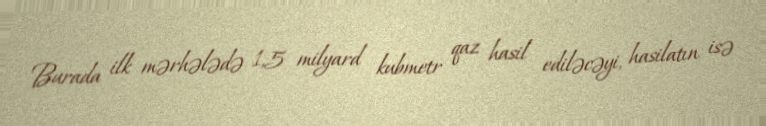
Burada ilk mərhələdə 1,5 milyard kubmetr qaz hasil ediləcəyi, hasilatın isə